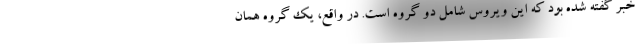
خبر گفته شده بود که این ویروس شامل دو گروه است. در واقع، یک گروه همان